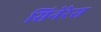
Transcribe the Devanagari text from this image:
सिनेरेस